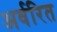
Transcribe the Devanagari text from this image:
अर्वरित